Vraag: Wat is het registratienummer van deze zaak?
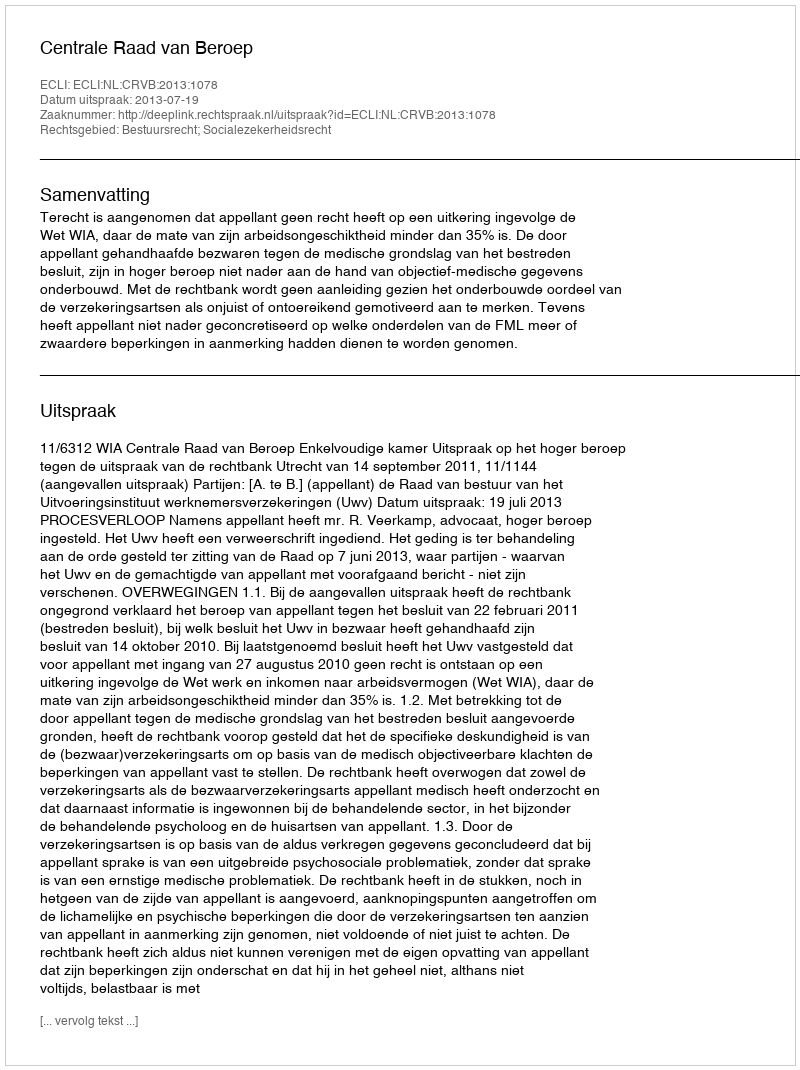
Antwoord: http://deeplink.rechtspraak.nl/uitspraak?id=ECLI:NL:CRVB:2013:1078